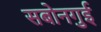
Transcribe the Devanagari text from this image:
सबोनगुई